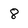
Character: 8